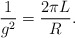
\begin{align*}\frac {1}{g^2} = \frac {2 \pi L}{R}.\end{align*}